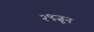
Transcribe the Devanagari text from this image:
२९जून